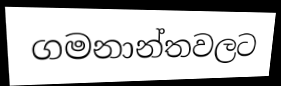
ගමනාන්තවලට